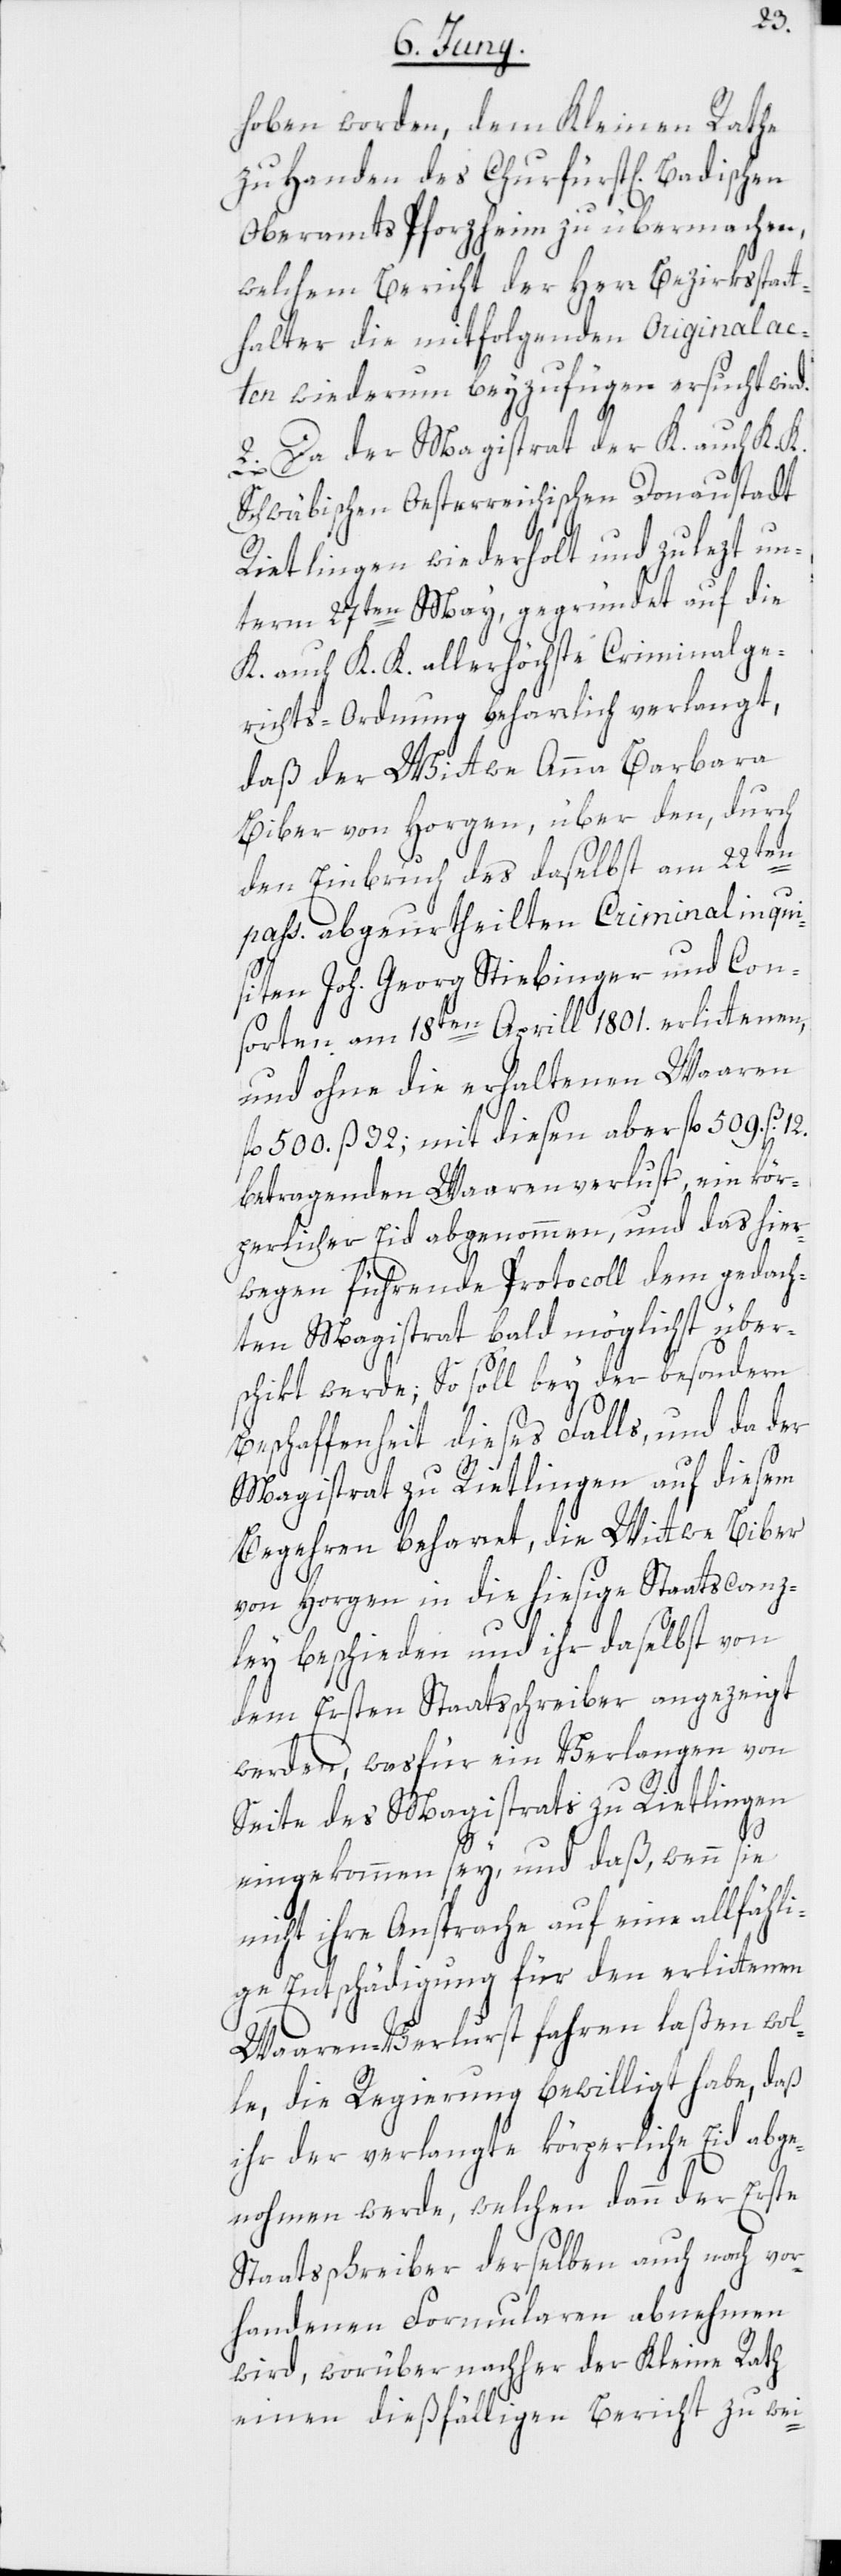
hoben worden, dem Kleinen Rathe
zu Handen des Churfürstl[ich] Badischen
Oberamts Pforzheim zu übermachen,
welchem Bericht der Herr Bezirksstatt¬
halter die mitfolgenden Originalac¬
ten wiederum beyzufügen ersucht wird.
2. Da der Magistrat der K. auch K. K.
Schwäbischen Oesterreichischen Donaustadt
Rietlingen wiederholt und zulezt un¬
term 27ten May, gegründet auf die
K. auch K. K. allerhöchste Criminalge¬
richts-Ordnung beharrlich verlangt,
daß der Wittwe Anna Barbara
Biber von Horgen, über den, durch
den Einbruch des daselbst am 22ten
pass. abgeurtheilten Criminalinqui¬
siten Joh. Georg Stiebinger und Con¬
sorten am 18ten Aprill 1801. erlittenen,
und ohne die erhaltenen Waaren
fl. 500. ß 32; mit diesen aber fl. 509. ß. 12.
betragenden Waarenverlust, ein kör¬
perlicher Eid abgenommen, und das hier¬
wegen führende Protocoll dem gedach¬
ten Magistrat bald möglichst über¬
schikt werde; So soll bey der besondern
Beschaffenheit dieses Falls, und da der
Magistrat zu Rietlingen auf diesem
Begehren beharret, die Wittwe Biber
von Horgen in die hiesige Staatscanz¬
ley beschieden und ihr daselbst von
dem Ersten Staatsschreiber angezeigt
werden, was für ein Verlangen von
Seite des Magistrats zu Rietlingen
eingekommen sey, und daß, wenn sie
nicht ihre Ansprache auf eine allfähli¬
ge Entschädigung für den erlittenen
Waaren-Verlurst fahren laßen wol¬
le, die Regierung bewilligt habe, daß
ihr der verlangte körperliche Eid abge¬
nohmen werde, welchen dann der Erste
Staatsschreiber derselben auch nach vor¬
handenen Formularen abnehmen
wird, worüber nachher der Kleine Rath
einen dießfälligen Bericht zu wei-